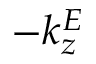
- k _ { z } ^ { E }